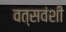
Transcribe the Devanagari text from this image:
वत्सवंशी